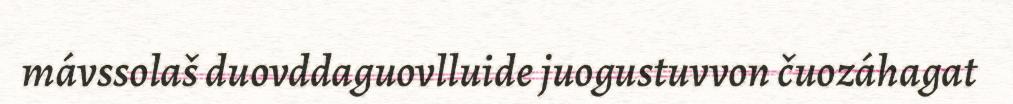
mávssolaš duovddaguovlluide juogustuvvon čuozáhagat